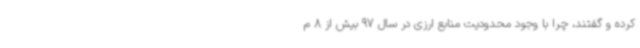
کرده و گفتند، چرا با وجود محدودیت منابع ارزی در سال 97 بیش از 8 م